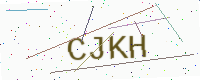
Text: CJKH